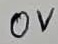
Text: 0V